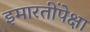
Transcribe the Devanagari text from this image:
इमारतींपेक्षा